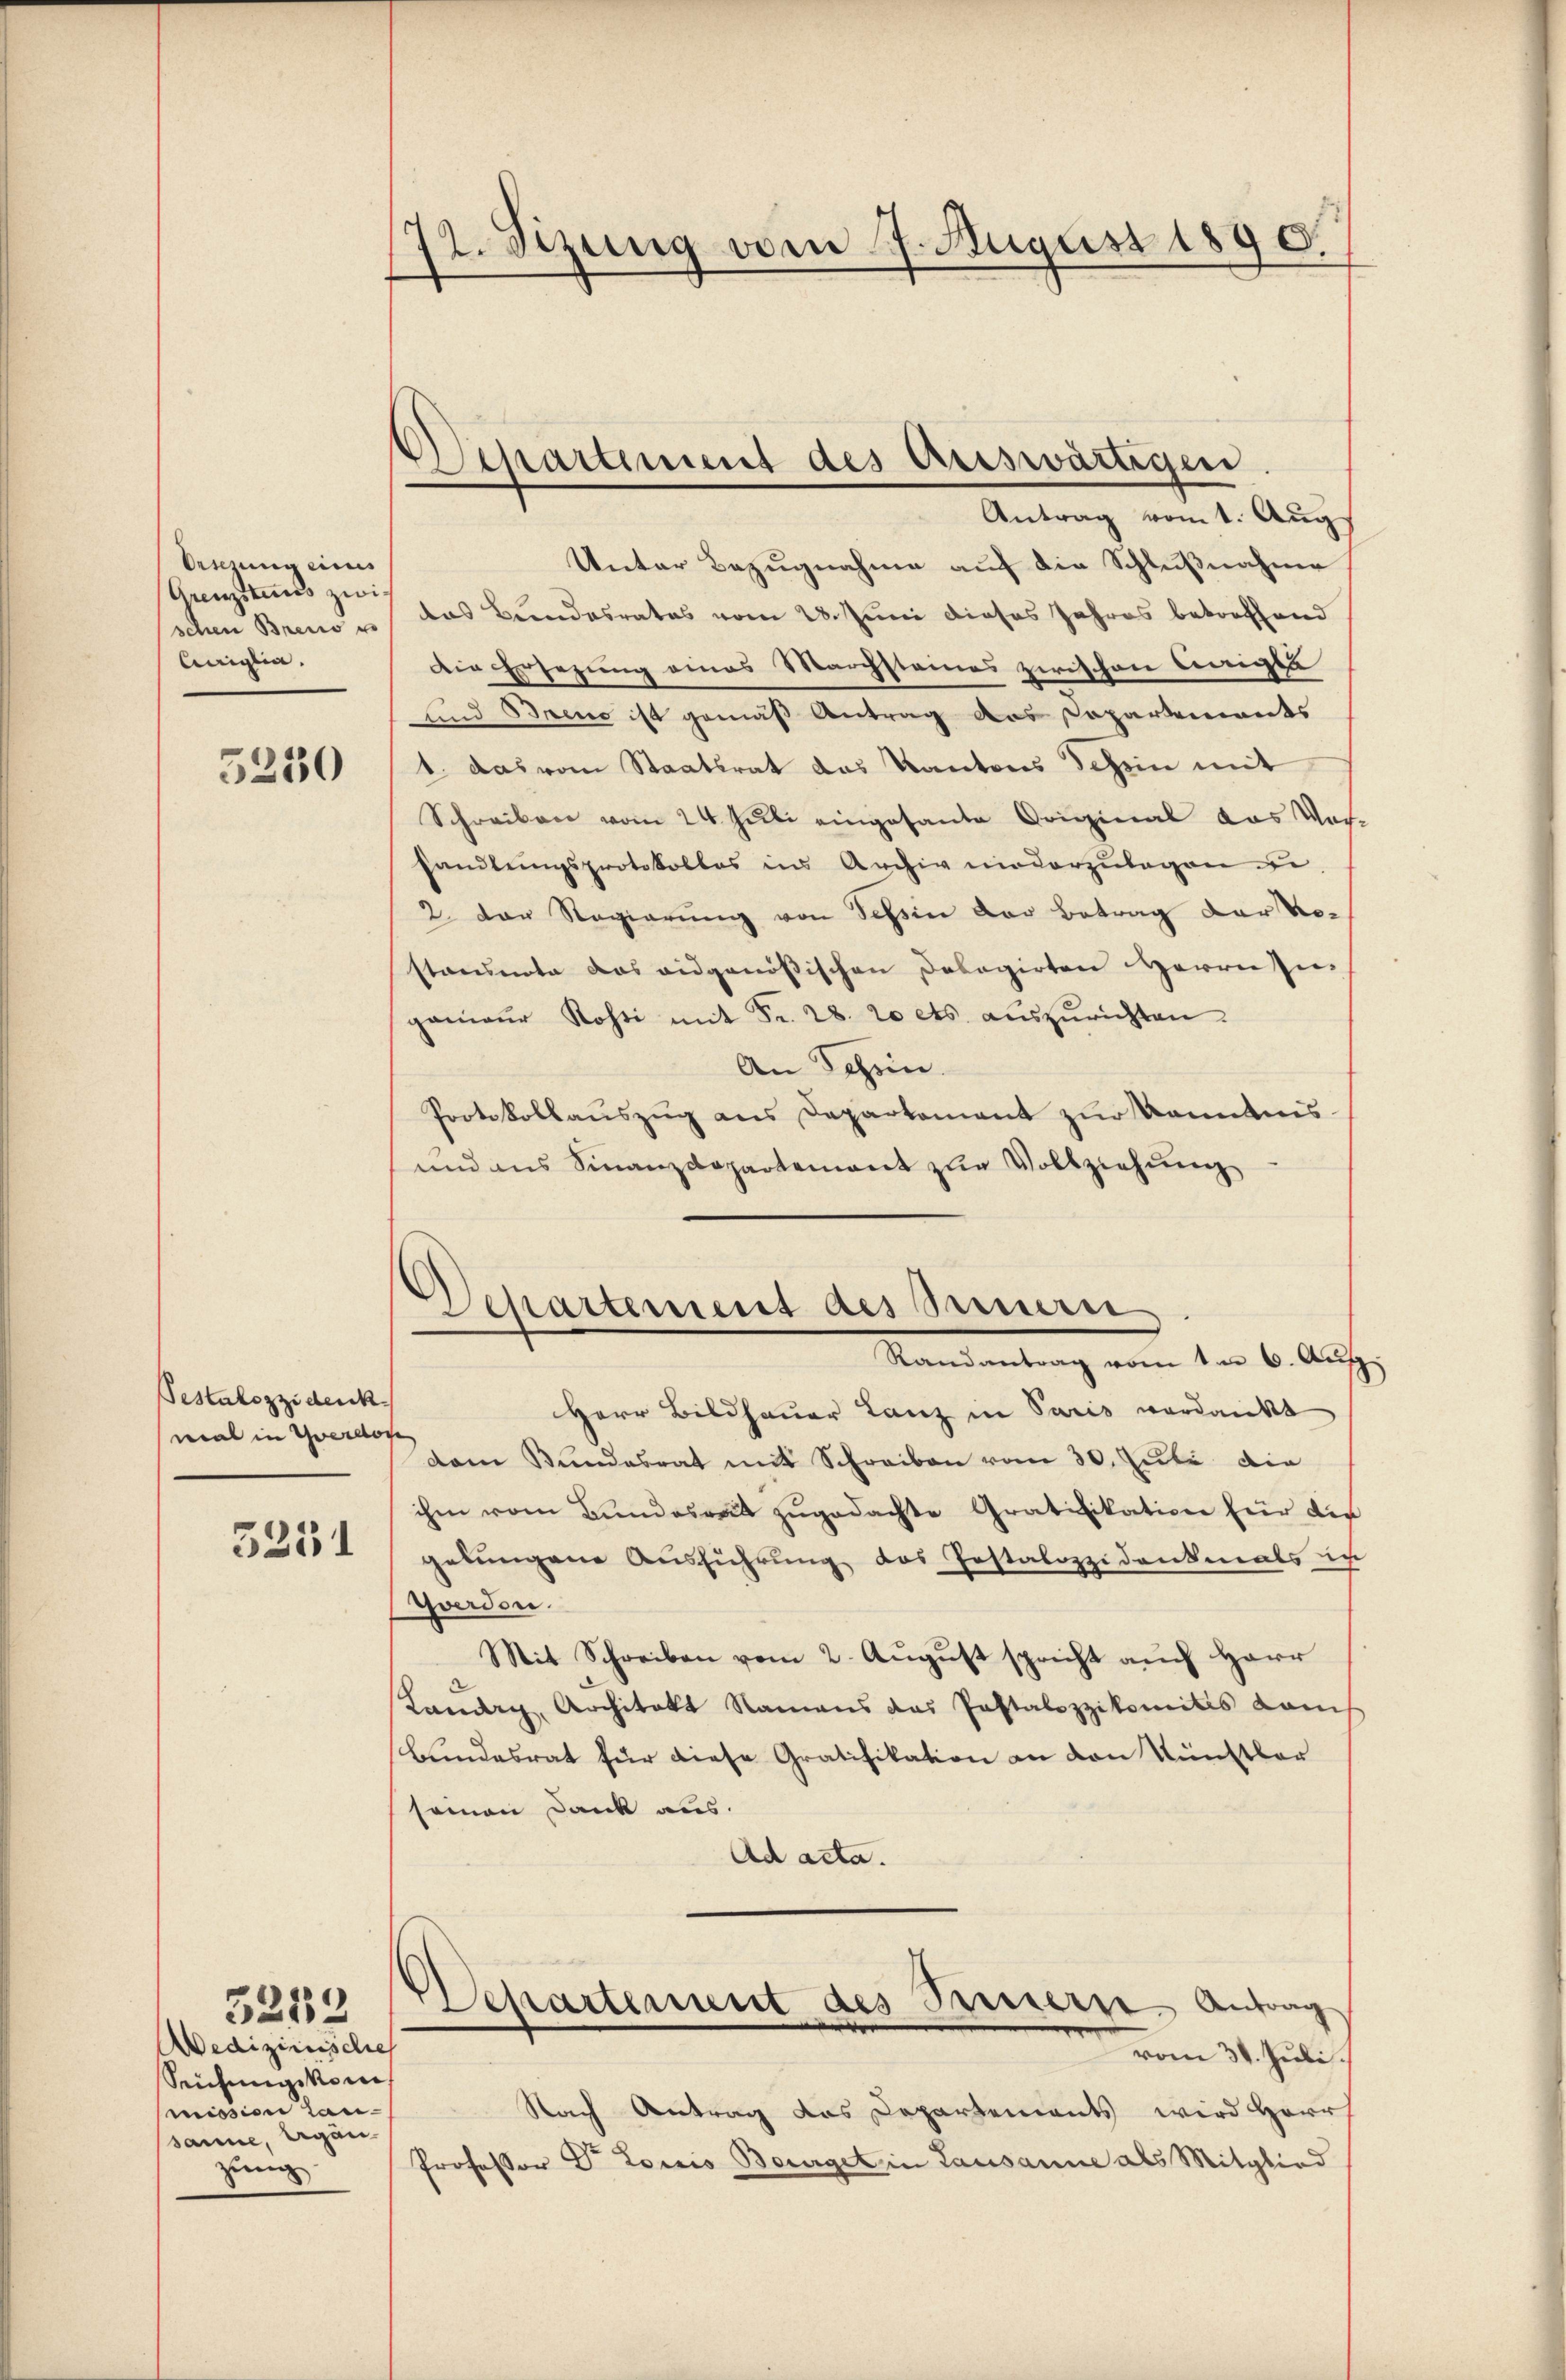
Ornung eines
(Grenzstens zwis
schen Breis u
Ceiglia.

5250

Pestalozzi denk
mal in Yverdor
5251

Medizinische
Seichungskom
mission lansane, Ergän
zung

5212

72. Sitzung vom 7. August 1890.

Departement des Auswärtigen
Antrag vom t. Aug

d
Chartement des Sauern
Mandantrag von den 6. Auf

Unter Bezugnahme auf die Schlußnahme
das Bundesrates vom 28. Juni dieses Jahres betreffend
Die Ersezung eines Marchstaines zwischen einigte
und Brend ist gemäß Antrag das Capartements
1. das vom Staatsrat das Kantons Schein mit
Schreiben vom 24. Juli eingesante Original das Vor-
handlŭngsprotokolles ins Archiv niederzŭlagen un
2. Der Regierung von Schin der Betrag der Restammte das eidgenößischen Dobogirten Herrn Ingamaŭr Kosti mit Fr. 28. 20 cts. aŭszŭrichten.
An Schein.
Protokollaŭszŭg ans Departement zŭr Kenntnis-
und aus Finanzdepartement zur Vollziehung
Herr Bildhauer Lanz in Paris verdankt
dem Bundesrat mit Schreiben vom 30. Juli die
ihm vom Bundesrat zŭgedachte Gratifikation für die
gelungene Ausführung des Instalozzidenkmals in
Yverden.
Mit Schreiben vom 2. Aŭgŭst spricht aŭch Herr
Landry, Architekt Namens das Pestalozzikomitis Kamis
Bundesrat für diese Gratifikation an den Künstler
seinen Dank aus.
Ad acta.
Departement des Sinnern Antrag
vom 31. Juli.
Nach Antrag das Departements wird Herrs
Professor Dr. Louis Bourget in Lausanne als Mitglied